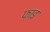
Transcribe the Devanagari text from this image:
फ़ाइ